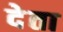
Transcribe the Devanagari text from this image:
देेता